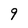
Character: 9